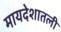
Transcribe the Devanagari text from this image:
मायदेशातली